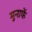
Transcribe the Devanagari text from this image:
मुनाफें